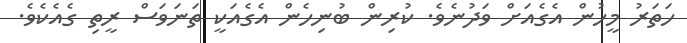
ހަތަރު މީހުން އެގެއަށް ވަދުނެވެ. ކުރިން ބުނިހެން އެގެއަކީ ތަނަވަސް ރީތި ގެއެކެވެ.